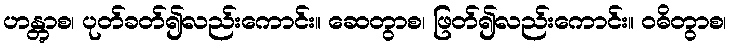
ဟန္တွာစ၊ ပုတ်ခတ်၍လည်းကောင်း။ ဆေတွာစ၊ ဖြတ်၍လည်းကောင်း။ ဝဓိတွာစ၊